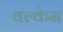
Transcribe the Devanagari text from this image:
वल्केन